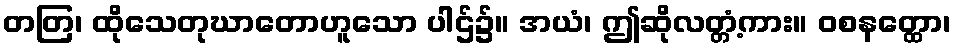
တတြ၊ ထိုသေတုဃာတောဟူသော ပါဌ်၌။ အယံ၊ ဤဆိုလတ္တံ့ကား။ ဝစနတ္ထော၊